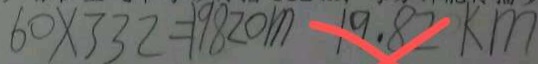
6 0 \times 3 3 2 = 1 9 8 2 0 m 1 9 . 8 2 k m